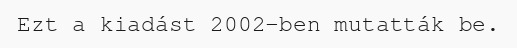
Ezt a kiadást 2002-ben mutatták be.